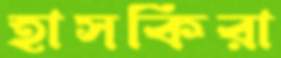
হাসকিরা